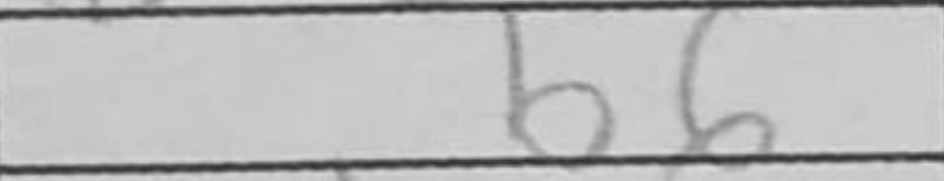
Transcription: b6